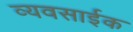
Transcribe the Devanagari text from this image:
व्यवसाईक